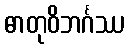
ဓာတုဝိဘင်္ဂဿ